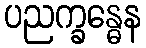
ပညက္ခန္ဓေန